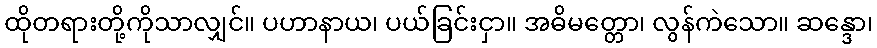
ထိုတရားတို့ကိုသာလျှင်။ ပဟာနာယ၊ ပယ်ခြင်းငှာ။ အဓိမတ္တော၊ လွန်ကဲသော။ ဆန္ဒော၊